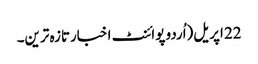
22 اپریل(اُردو پوائنٹ اخبارتازہ ترین۔